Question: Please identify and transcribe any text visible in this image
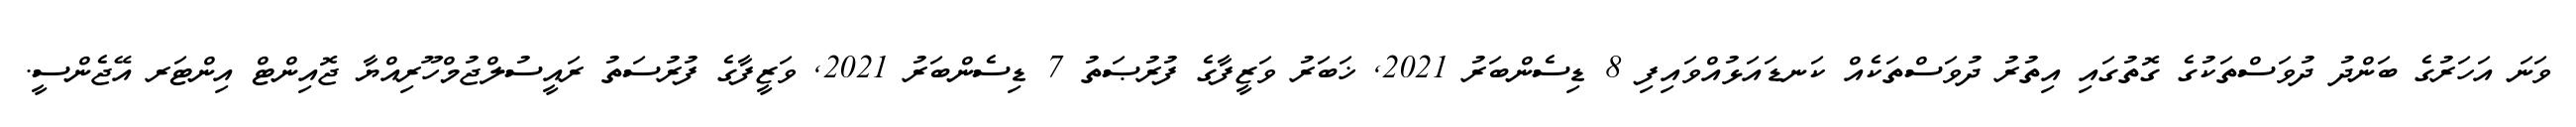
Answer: ވަނަ އަހަރުގެ ބަންދު ދުވަސްތަކުގެ ގޮތުގައި އިތުރު ދުވަސްތަކެއް ކަނޑައަޅުއްވައިފި 8 ޑިސެންބަރު 2021, ޚަބަރު ވަޒީފާގެ ފުރުޞަތު 7 ޑިސެންބަރު 2021, ވަޒީފާގެ ފުރުސަތު ރައީސުލްޖުމްހޫރިއްޔާ ޖޮއިންޓް އިންޓަރ އޭޖެންސީ.